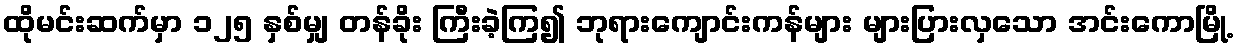
ထိုမင်းဆက်မှာ ၁၂၅ နှစ်မျှ တန်ခိုး ကြီးခဲ့ကြ၍ ဘုရားကျောင်းကန်များ များပြားလှသော အင်းကောမြို့